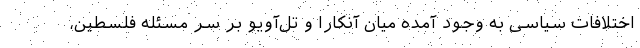
اختلافات سیاسی به وجود آمده میان آنکارا و تل‌آویو بر سر مسئله فلسطین،